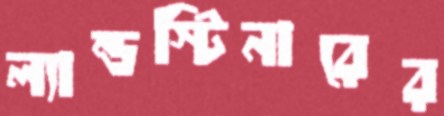
ল্যান্ডস্টিনারের